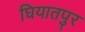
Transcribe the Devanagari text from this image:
घियातपुर